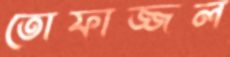
তোফাজ্জল